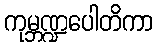
ကုမ္ဘဏ္ဍပေါတိကာ